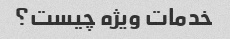
خدمات ویژه چیست؟